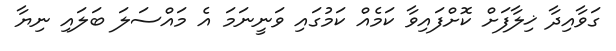
ގަވާއިދާ ޚިލާފަށް ކޮށްފައިވާ ކަމެއް ކަމުގައި ވަނީނަމަ އެ މައްސަލަ ބަލައި ނިޔާ